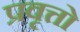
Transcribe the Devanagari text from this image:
प्रवृत्तो